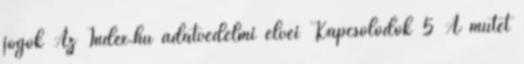
jogok Az Index.hu adatvédelmi elvei Kapcsolódók 5 A műtét